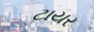
ટાયર